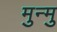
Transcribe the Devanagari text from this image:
मुन्मु